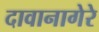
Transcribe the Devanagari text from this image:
दावानागेरे